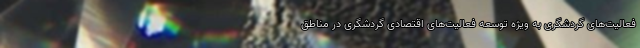
فعالیت‌های گردشگری به ویژه توسعه فعالیت‌های اقتصادی گردشگری در مناطق